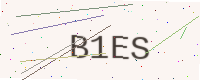
Text: B1ES